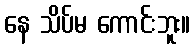
နေ သိပ်မ ကောင်းဘူး။